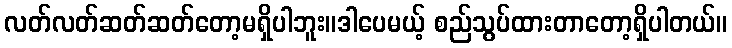
လတ်လတ်ဆတ်ဆတ်တော့မရှိပါဘူး။ဒါပေမယ့် စည်သွပ်ထားတာတော့ရှိပါတယ်။